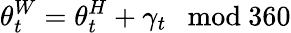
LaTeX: \theta_{t}^{W}=\theta_{t}^{H}+\gamma_{t}\ \ \ \mathrm{mod}\ 360